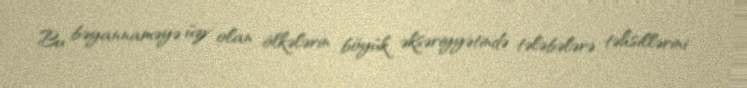
Bu bəyannaməyə üzv olan ölkələrin böyük əksəriyyətində tələbələrə təhsillərini